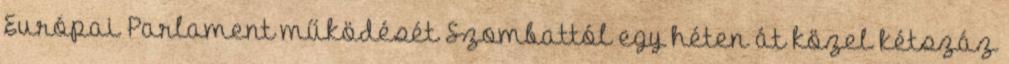
Európai Parlament működését Szombattól egy héten át közel kétszáz